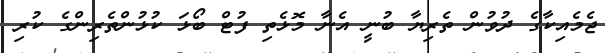
ޖެމެއިކާގެ ދުވުން ތެރިޔާ ބުނީ އެނާ މޮޅެތި ފުޓް ބޯޅަ ކުޅުންތެރިންގެ ކުރި